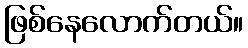
ဖြစ်နေလောက်တယ်။